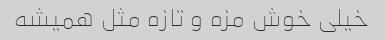
خیلی خوش مزه و تازه مثل همیشه